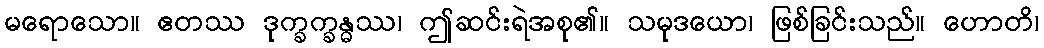
မရောသော။ ဧတဿ ဒုက္ခက္ခန္ဓဿ၊ ဤဆင်းရဲအစု၏။ သမုဒယော၊ ဖြစ်ခြင်းသည်။ ဟောတိ၊